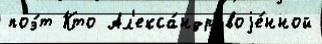
поэ́т Кто Ал'екса́ндр воjе́нной